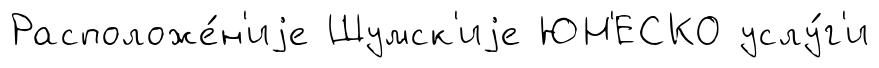
Расположе́н'иjе Шумск'иjе ЮН'ЕСКО услу́г'и